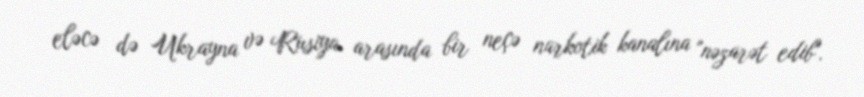
eləcə də Ukrayna və Rusiya arasında bir neçə narkotik kanalına "nəzarət edib".